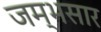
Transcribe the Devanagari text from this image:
जम्भसार